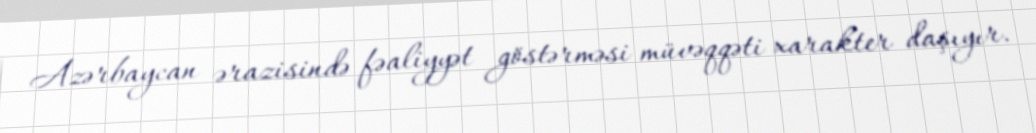
Azərbaycan ərazisində fəaliyyət göstərməsi müvəqqəti xarakter daşıyır.